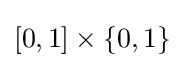
[0,1]\times \{0,1\}